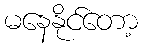
မနေနိုင်တော့